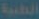
الطبية